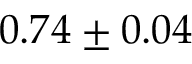
0 . 7 4 \pm 0 . 0 4